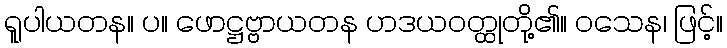
ရူပါယတန။ ပ။ ဖောဋ္ဌဗ္ဗာယတန ဟဒယဝတ္ထုတို့၏။ ဝသေန၊ ဖြင့်။